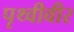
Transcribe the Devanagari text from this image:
पृथ्वीवीर